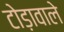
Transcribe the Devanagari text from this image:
टोड़ावाले